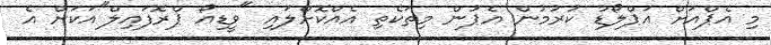
މި އެޕްއަށް އަޕްލޯޑު ކުރުމުން އެޕުން މިތަކެތި އެއްކޮށްލައި "ވީޑިއޯ ޕްރޮފައިލް"އަކަށް އެ